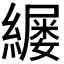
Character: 𫄄